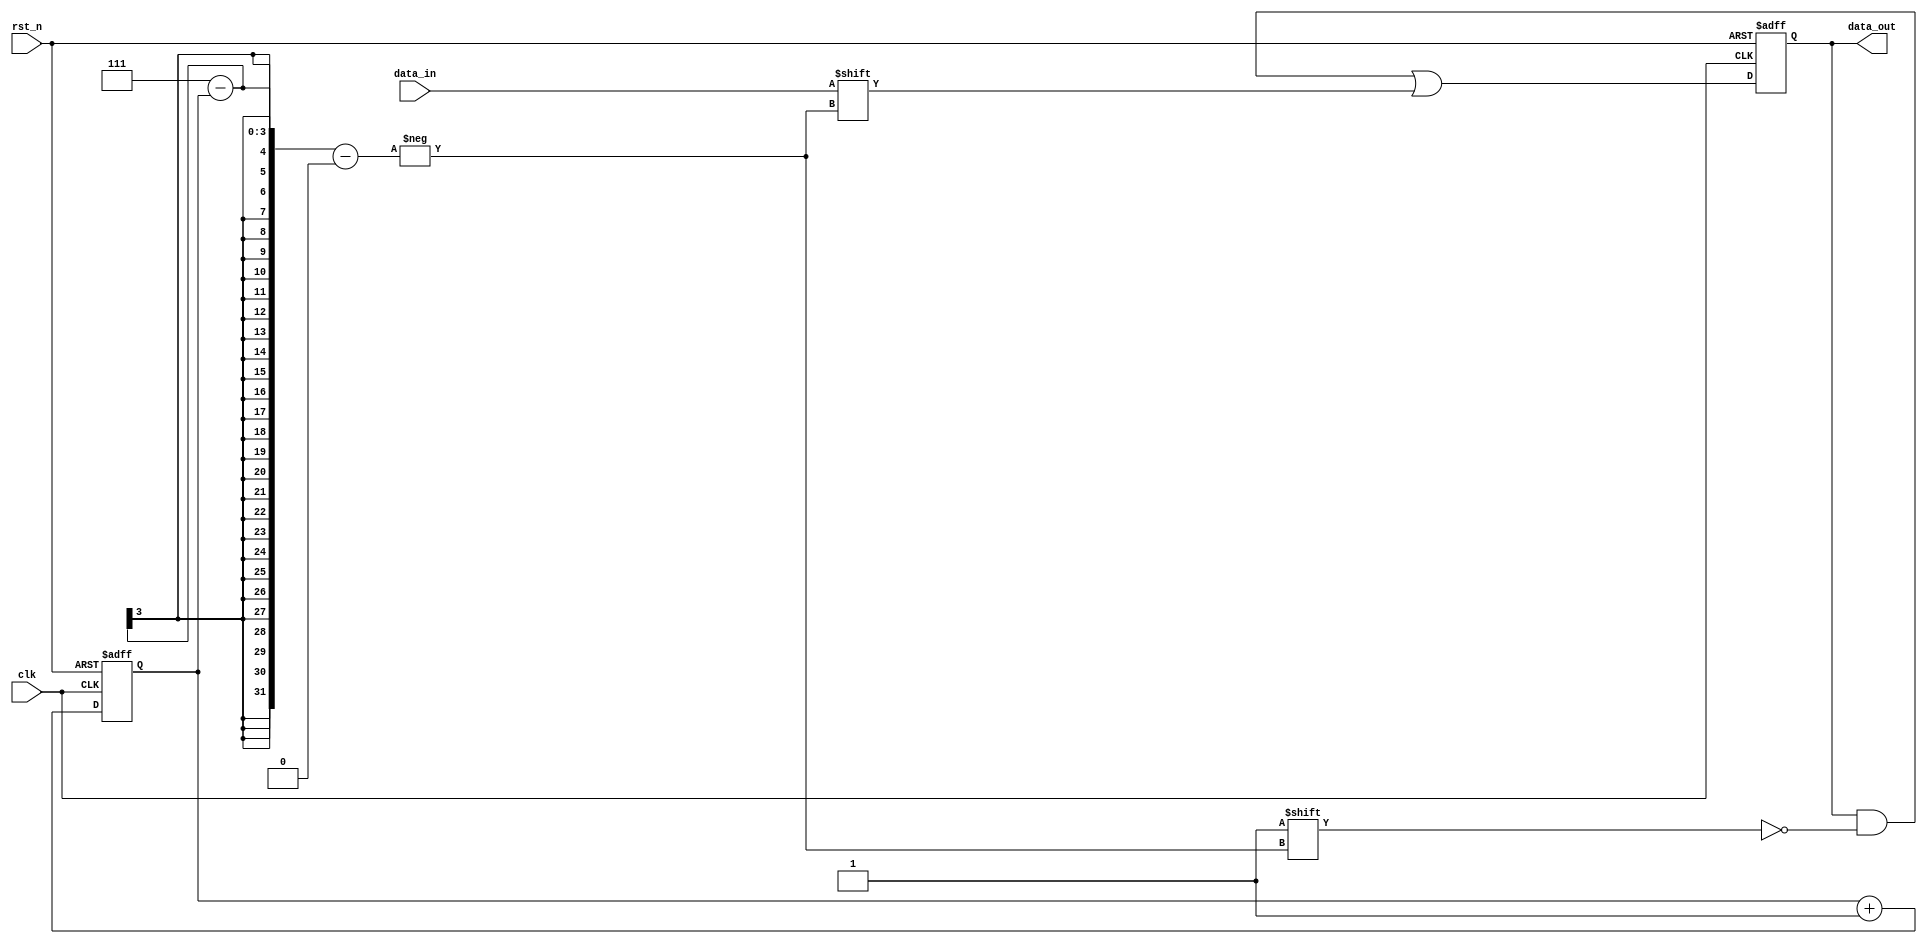
module deserialize (
    input wire clk,
    input wire rst_n,
    input wire data_in,
    output reg [7:0] data_out
);
    reg [2:0] cnt;
    always @(posedge clk or negedge rst_n) begin
        if (!rst_n) begin
            data_out <= 8'b0;
            cnt <= 3'b0;
        end
        else begin
            data_out[7-cnt] <= data_in;
            cnt <= cnt + 1'b1;
        end
    end
endmodule